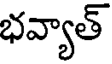
భవ్యాత్